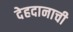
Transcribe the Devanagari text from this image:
देहदानाची